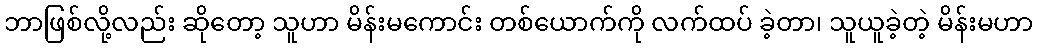
ဘာဖြစ်လို့လည်း ဆိုတော့ သူဟာ မိန်းမကောင်း တစ်ယောက်ကို လက်ထပ် ခဲ့တာ၊ သူယူခဲ့တဲ့ မိန်းမဟာ